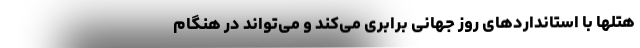
هتلها با استانداردهای روز جهانی برابری می‌کند و می‌تواند در هنگام